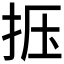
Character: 𰓗